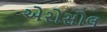
એરોસોલ